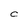
Character: C